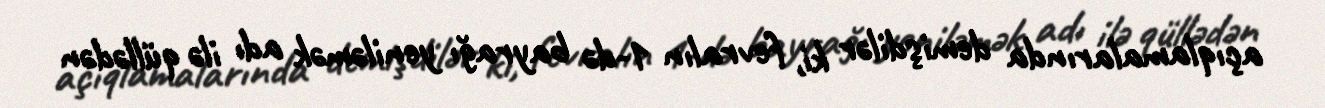
açıqlamalarında demişdilər ki, fevralın 1-də bayrağı yeniləmək adı ilə qüllədən